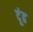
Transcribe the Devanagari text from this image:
दूंढ